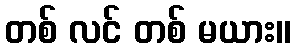
တစ် လင် တစ် မယား။